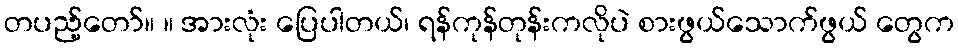
တပည့်တော်။ ။ အားလုံး ပြေပါတယ်၊ ရန်ကုန်တုန်းကလိုပဲ စားဖွယ်သောက်ဖွယ် တွေက